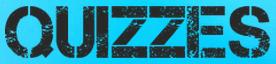
QUIZZES